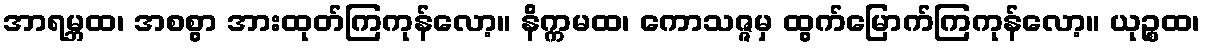
အာရမ္ဘထ၊ အစစွာ အားထုတ်ကြကုန်လော့။ နိက္ကမထ၊ ကောသဇ္ဇမှ ထွက်မြောက်ကြကုန်လော့။ ယုဉ္စထ၊